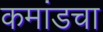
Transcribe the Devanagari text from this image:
कमांडचा